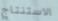
الاستنتاج